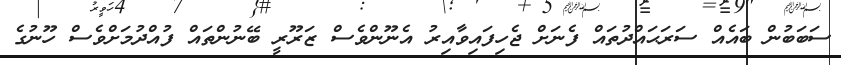
ސަބަބުން ބައެއް ސަރަޙައްދުތައް ފެނަށް ޖެހިފައިވާއިރު އެނޫންވެސް ޒަރޫރީ ބޭނުންތައް ފުއްދުމަށްވެސް ހޫނުގެ